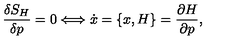
\frac { \delta S _ { H } } { \delta p } = 0 \Longleftrightarrow \dot { x } = \{ x , H \} = \frac { \partial H } { \partial p } ,